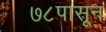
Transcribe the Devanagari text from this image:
७८पासून